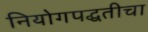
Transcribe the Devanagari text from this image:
नियोगपद्धतीचा